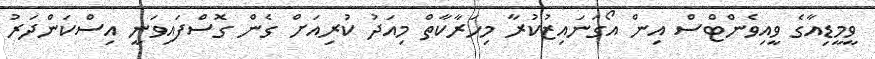
ވީމީޑިއާގެ ވީއިވެންޓްސް އިން އޯގަނައިޒުކުރާ މިހަރާކާތް މިއަދު ކުރިއަށް ގެން ގޮސްފައިވަނީ އިސްކަންދަރު